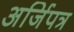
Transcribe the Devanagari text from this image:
अर्जिपत्र